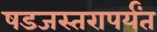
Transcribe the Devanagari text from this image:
षडजस्तरापर्यंत